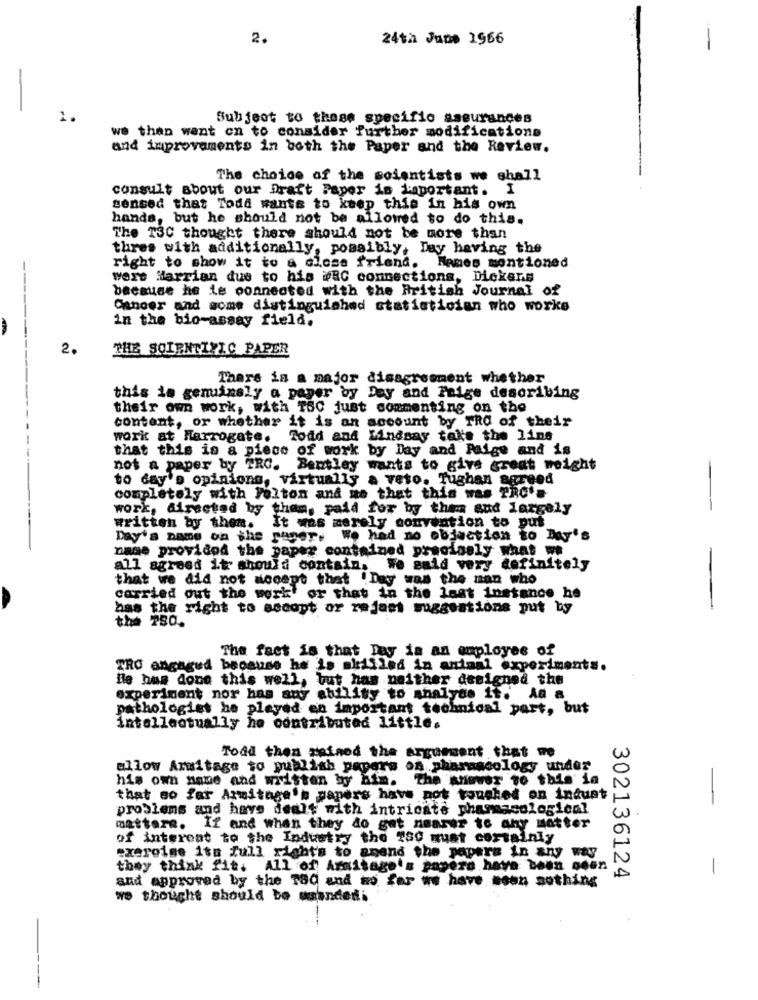
2.
24th June 1956
-
Subject to these specific assurances
we than went on to consider further modifications
and improvements in both the Paper and the Review.
The choice of the scientists we shall
consult about our Draft Paper is Loportant. I
sensed that Todd wants to keep this in his own
hands, but he should not be allowed to do this.
The TSC thought there should not be more than
thres with additionally, possibly, Day having the
-
right to show it to a close friend. Homes mentioned
were Marrian due to his WRC connections, Dickens
---
because he ie connected with the British Journal of
Cancer and some distinguished statistician who works
in the bio-assay field.
2.
THE SCIENTIFIC PAPER
There is a major disagreement whether
this is genuinely a payer by Day and Feige describing
their own work, with TBC just commenting on the
content, or whether it is an account by TRC of their
work at Harrogate.
Todd and Lindsay take the line
that this is a piece of work by Day and Paige and is
not a paper by TRC. Bentley wants to give great weight
to day's opinions, virtually a veto. Tughan agreed
completely with Felton and me that this was PRO's
work, directed by them, paid for by the and largely
--
written by them. It was merely convention to put
Day's name on the paner. We had no objection to lay's
name provided the paper contained precisely what we
all agreed it should contain, We said very definitely
that we did not accept that !Day was the man who
carried out the work or that in the last instance he
has the right to eccopt or rejaet suggestions put by
-
the 780.
The fact is that Day is an employee of
TRO angagud because he is skilled in animal experiments.
He has done this well, but has neither designed the
experiment nor has any ability to mhalydo it. Ad a
pathologies he played en important technical part, but
intellectually he contributed little.
Todd then gained the argument that we
allow Armitage to publish papers on pharmacology under
his own name and written by him. The answer
iwwer to this in
-
that so far Armitage's papers have not touched on indust
-
problems and have dealt with intricate pharmacological
mattare. If and when they do get nearer to any matter
of interest to the Industry the 780 must certainly
exercise its full right's to amend the papers in any way
they think fit. All of Armitage's papero have been seen
and approved by the 380 and so far we have seen sothing
302136124
we thought should be emandedi
----